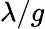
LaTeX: \lambda/g